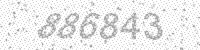
Solution: 886843